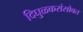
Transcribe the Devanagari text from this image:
दिघुळकरांसोबत